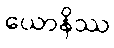
ယောနိဿ